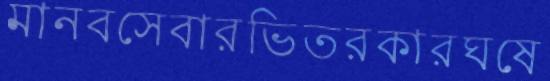
মানবসেবারভিতরকারঘষে